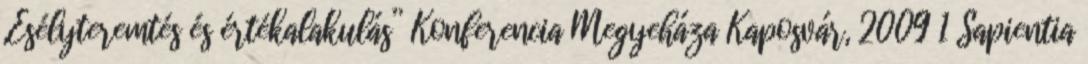
„Esélyteremtés és értékalakulás” Konferencia Megyeháza Kaposvár, 2009 1 Sapientia